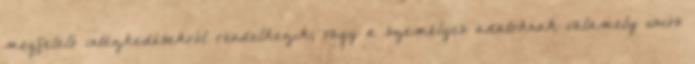
megfelelő intézkedésekről rendelkezik; vagy a személyes adatoknak valamely uniós